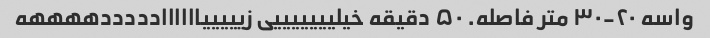
واسه ۲۰-۳۰ متر فاصله. ۵۰ دقیقه خیلیییییییی زیییییاااااادددددههههه